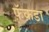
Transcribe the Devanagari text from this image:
फ़ॅकडा